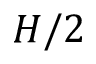
H / 2